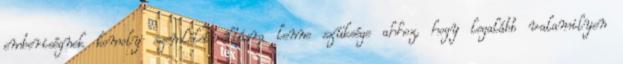
emberiségnek komoly szemléletváltásra lenne szüksége ahhoz, hogy legalább valamilyen